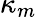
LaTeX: \kappa_{m}